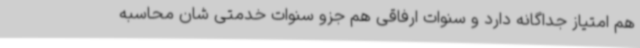
هم امتیاز جداگانه دارد و سنوات ارفاقی هم جزو سنوات خدمتی شان محاسبه